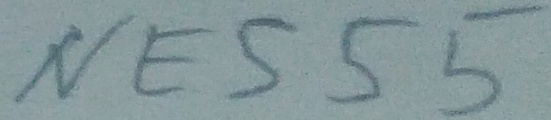
Text: NE555